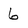
Character: 6